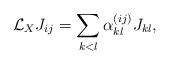
LaTeX: \begin{gather*}\mathcal{L}_X J_{ij} =\sum_{k<l} \alpha_{kl}^{(ij)} J_{kl},\end{gather*}